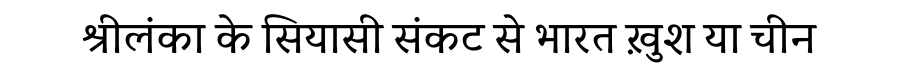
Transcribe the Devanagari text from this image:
श्रीलंका के सियासी संकट से भारत ख़ुश या चीन